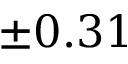
\pm 0 . 3 1